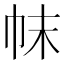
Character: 帓